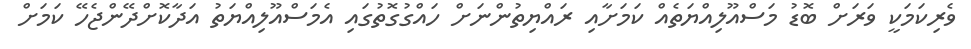
ވެރިކަމަކީ ވަރަށް ބޮޑު މަސްއޫލިއްޔަތެއް ކަމަށާއި ރައްޔިތުންނަށް ހައްގުގޮތުގައި އެމަސްއޫލިއްޔަތު އަދާކޮށްދޭންޖެހޭ ކަމަށް